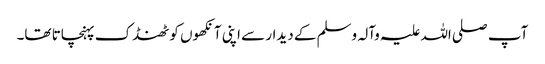
آپ صلی اللہ علیہ وآلہ وسلم کے دیدار سے اپنی آنکھوں کو ٹھنڈک پہنچاتا تھا۔